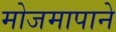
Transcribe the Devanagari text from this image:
मोजमापाने